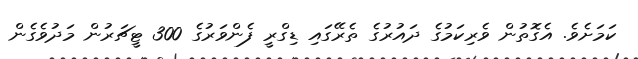
ކަމަށެވެ. އެގޮތުން ވެރިކަމުގެ ދައުރުގެ ތެރޭގައި ޑިގްރީ ފެންވަރުގެ 300 ޓީޗަރުން މަދުވެގެން